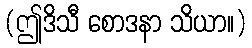
(ဤဒိသီ စောဒနာ သိယာ။)